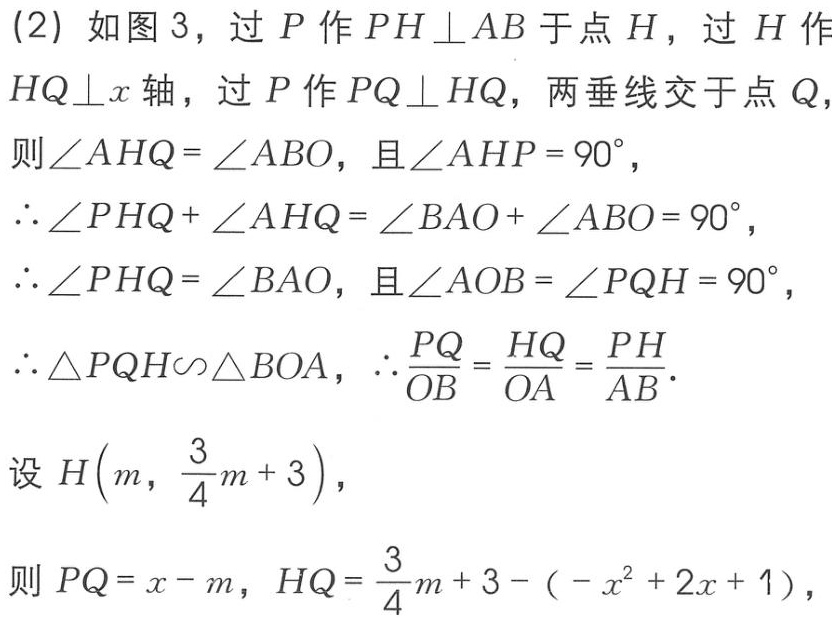
(2) 如图 3，过 \(P\) 作 \(PH\perp AB\) 于点 \(H\)，过 \(H\) 作 \(HQ\perp x\) 轴，过 \(P\) 作 \(PQ\perp HQ\)，两垂线交于点 \(Q\)，
则\(\angle AHQ = \angle ABO\)，且\(\angle AHP = 90^{\circ}\)，
\(\therefore\angle PHQ+\angle AHQ=\angle BAO+\angle ABO = 90^{\circ}\)，
\(\therefore\angle PHQ=\angle BAO\)，且\(\angle AOB=\angle PQH = 90^{\circ}\)，
\(\therefore\triangle PQH\sim\triangle BOA\)，\(\therefore\frac{PQ}{OB}=\frac{HQ}{OA}=\frac{PH}{AB}\)。
设 \(H\left(m,\frac{3}{4}m + 3\right)\)，
则 \(PQ=x - m\)，\(HQ=\frac{3}{4}m + 3-(-x^{2}+2x + 1)\)，